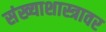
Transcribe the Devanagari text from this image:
संख्याशास्त्रावर